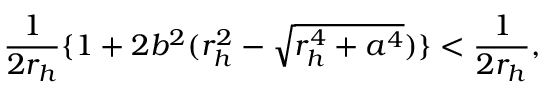
\frac { 1 } { 2 r _ { h } } \{ 1 + 2 b ^ { 2 } ( r _ { h } ^ { 2 } - \sqrt { r _ { h } ^ { 4 } + a ^ { 4 } } ) \} < \frac { 1 } { 2 r _ { h } } ,